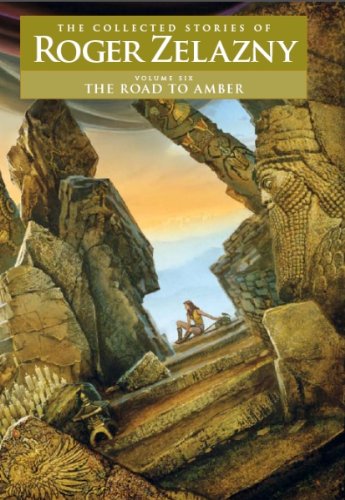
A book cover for The Road to Amber EE Volume 6: The Collected Stories of Roger Zelazny; Roger Zelazny; Science Fiction & Fantasy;